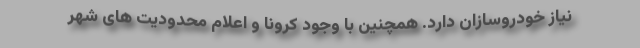
نیاز خودروسازان دارد. همچنین با وجود کرونا و اعلام محدودیت های شهر